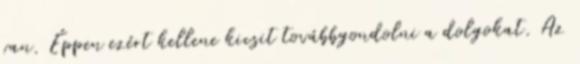
van. Éppen ezért kellene kicsit továbbgondolni a dolgokat. Az